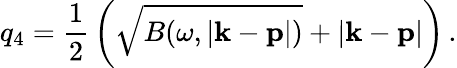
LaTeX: q_{4}={\frac{1}{2}}\left(\sqrt{B(\omega,|{\mathbf k}-{\mathbf p}|)}+|{\mathbf k}-{\mathbf p}|\right)\, .